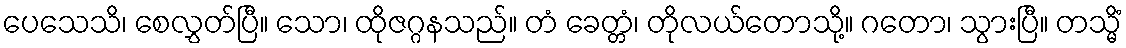
ပေသေသိ၊ စေလွှတ်ပြီ။ သော၊ ထိုဇဂ္ဂနသည်။ တံ ခေတ္တံ၊ တိုလယ်တောသို့။ ဂတော၊ သွားပြီ။ တသ္မိံ